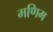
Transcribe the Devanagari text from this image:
मणिम